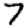
Digit: 7